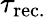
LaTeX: \tau_{\mathrm{rec.}}